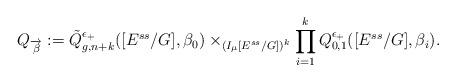
LaTeX: \begin{align*}Q_{\overrightarrow{\beta}}:=\tilde{Q}^{\epsilon_{+}}_{g,n+k}([E^{ss}/G],\beta_0)\times_{(I_{\mu}[E^{ss}/G])^k}\prod_{i=1}^k{Q}^{\epsilon_{+}}_{0,1}([E^{ss}/G],\beta_i).\end{align*}